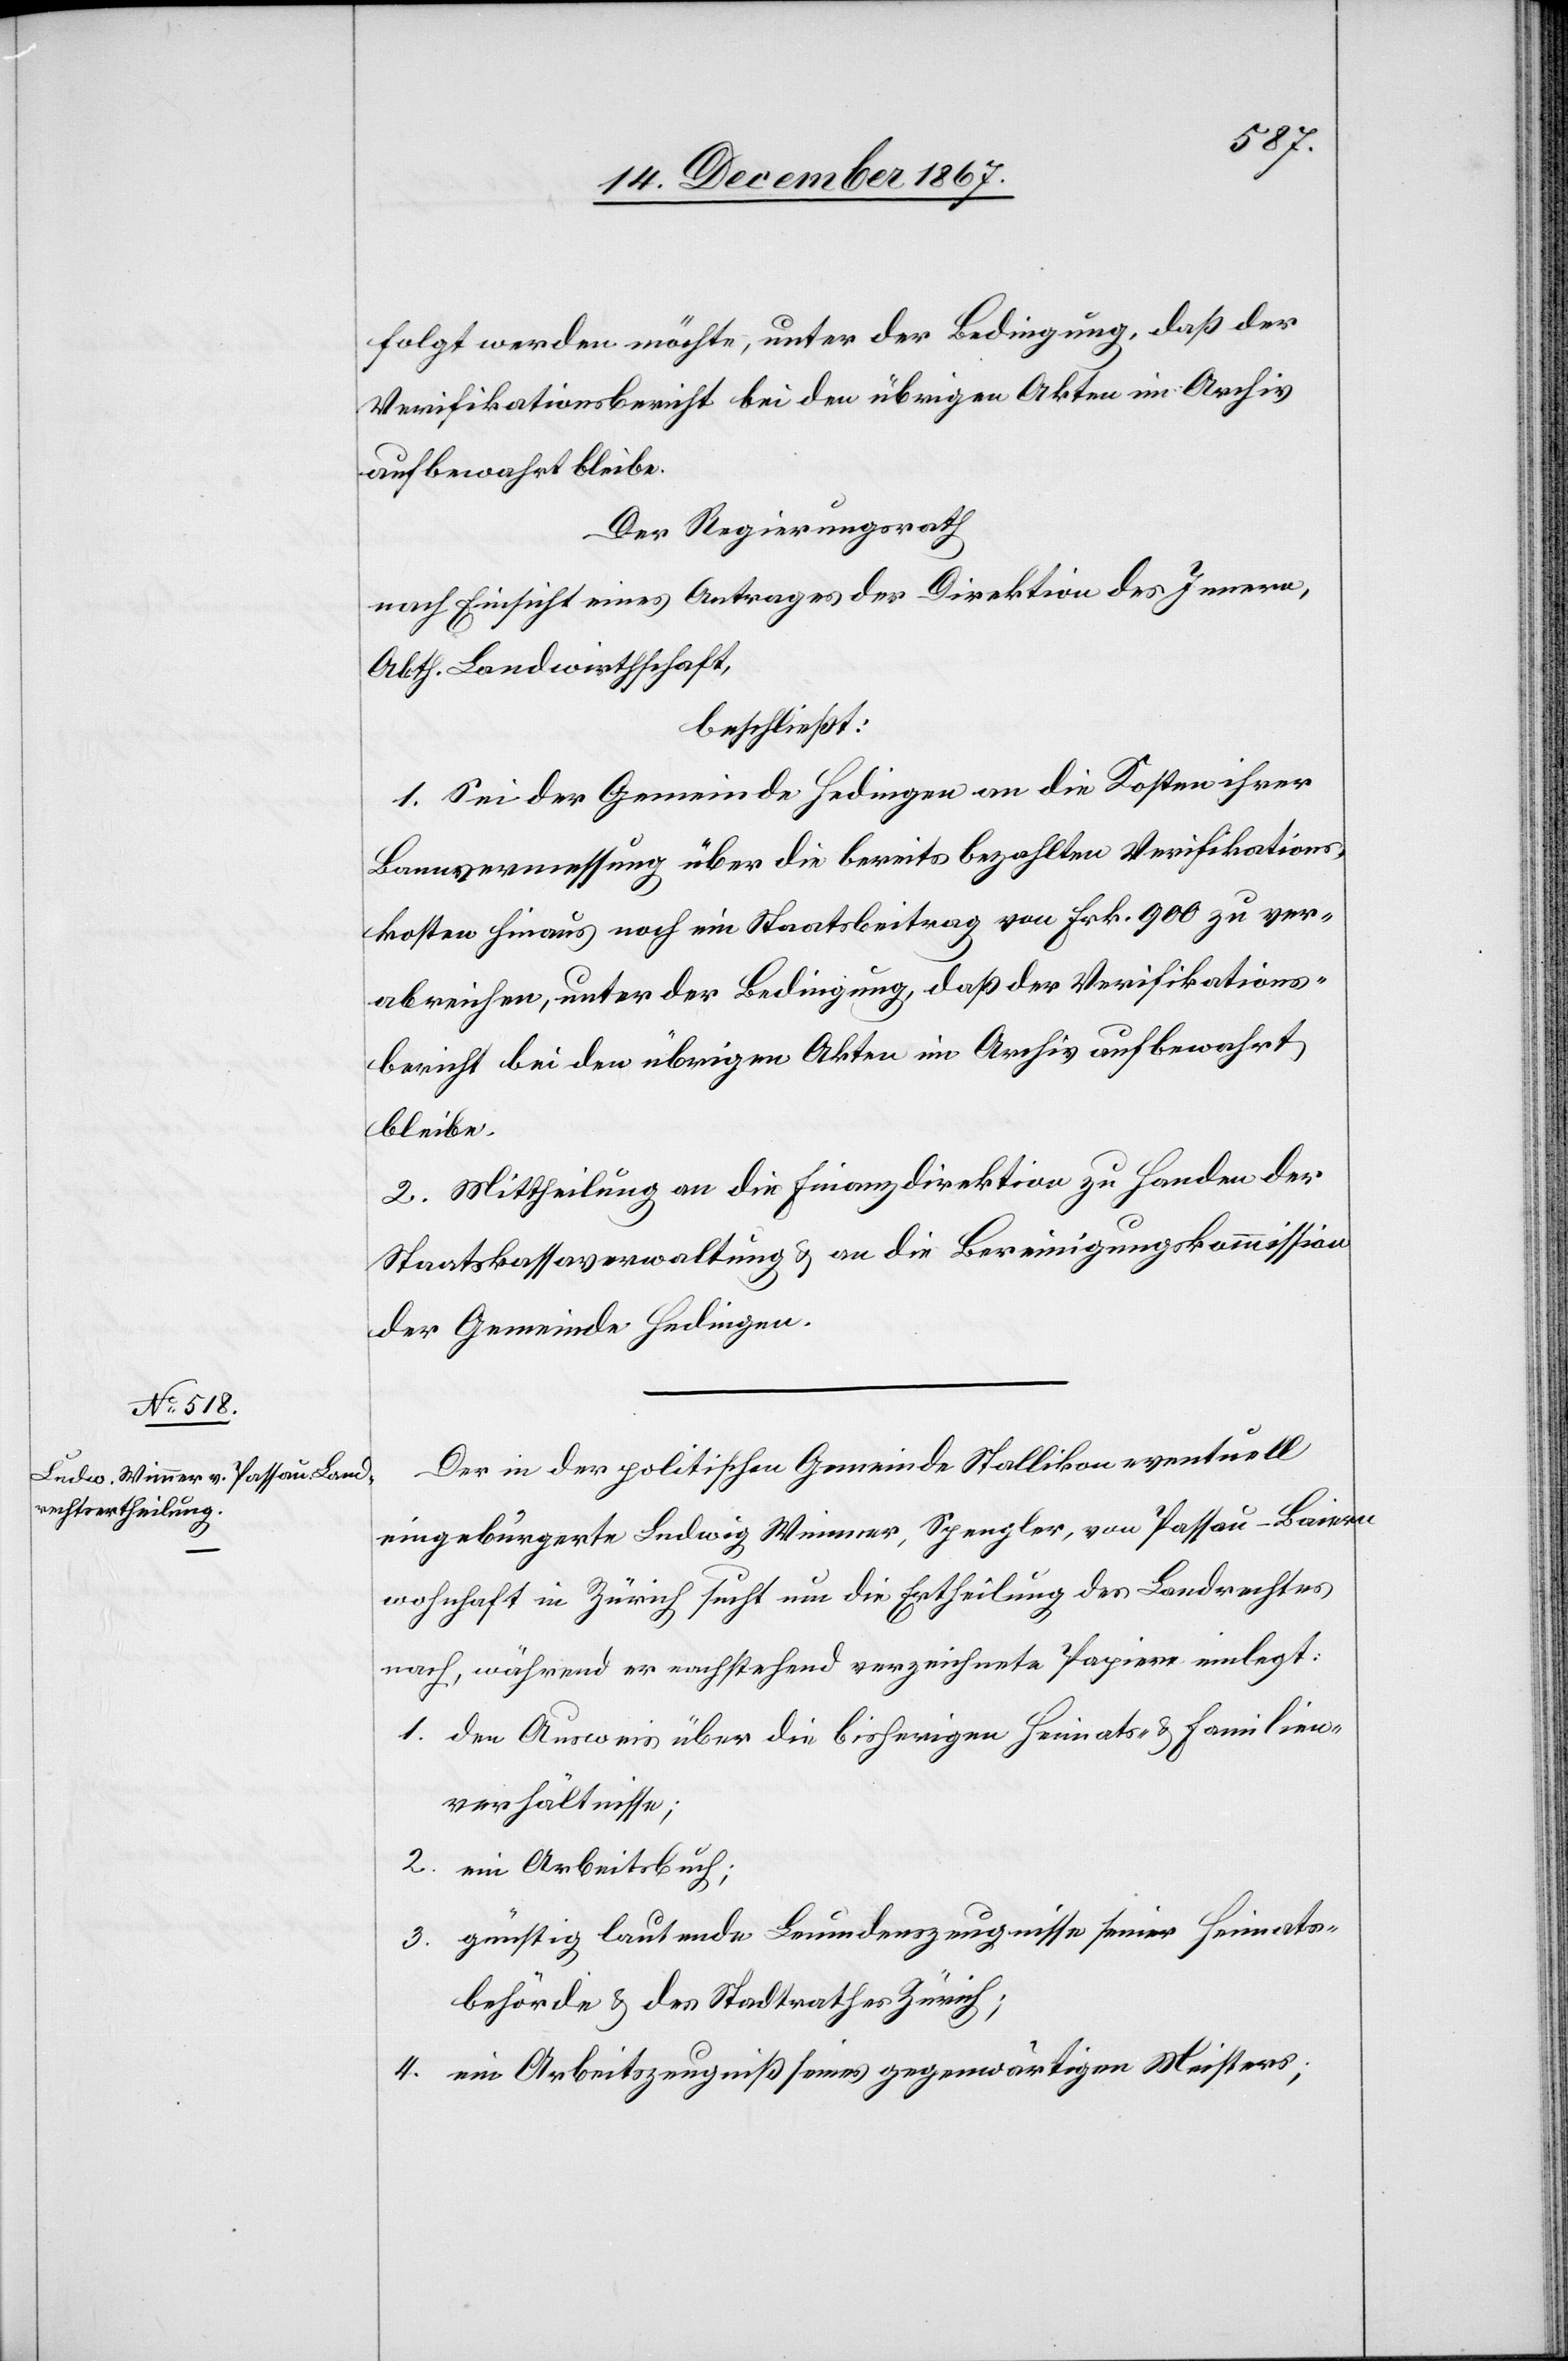
folgt werden möchte, unter der Bedingung, daß der
Verifikationsbericht bei den übrigen Akten im Archiv
aufbewahrt bleibe.
Der Regierungsrath
nach Einsicht eines Antrages der Direktion des Innern,
Abth. Landwirthschaft,
beschließt:
1. Sei der Gemeinde Hedingen an die Kosten ihrer
Bannvermessung über die bereits bezahlten Verifikations¬
kosten hinaus noch ein Staatsbeitrag von Frk. 900 zu ver¬
abreichen, unter der Bedingung, daß der Verifikations¬
bericht bei den übrigen Akten im Archiv aufbewahrt
bleibe.
2. Mittheilung an die Finanzdirektion zu Handen der
Staatskassaverwaltung u. an die Bereinigungskommission
der Gemeinde Hedingen.
Der in der politischen Gemeinde Stallikon eventuell
eingebürgerte Ludwig Weimer [sic!], Spengler, von Passau - Baiern
wohnhaft in Zürich sucht um die Ertheilung des Landrechtes
nach, während er nachstehend verzeichnete Papiere einlegt:
1. den Ausweis über die bisherigen Heimats- u. Familien¬
verhältnisse;
2. ein Arbeitsbuch;
3. günstig lautende Leumdenszeugnisse seiner Heimats¬
behörde u. des Stadtrathes Zürich;
4. ein Arbeitszeugniß seines gegenwärtigen Meisters;